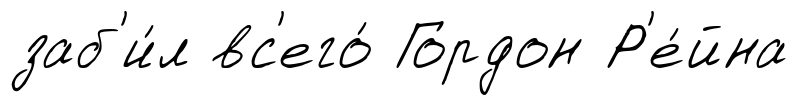
заб'и́л вс'его́ Гордон Р'е́йна